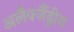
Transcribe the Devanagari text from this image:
अलैक्जैंड्रीय